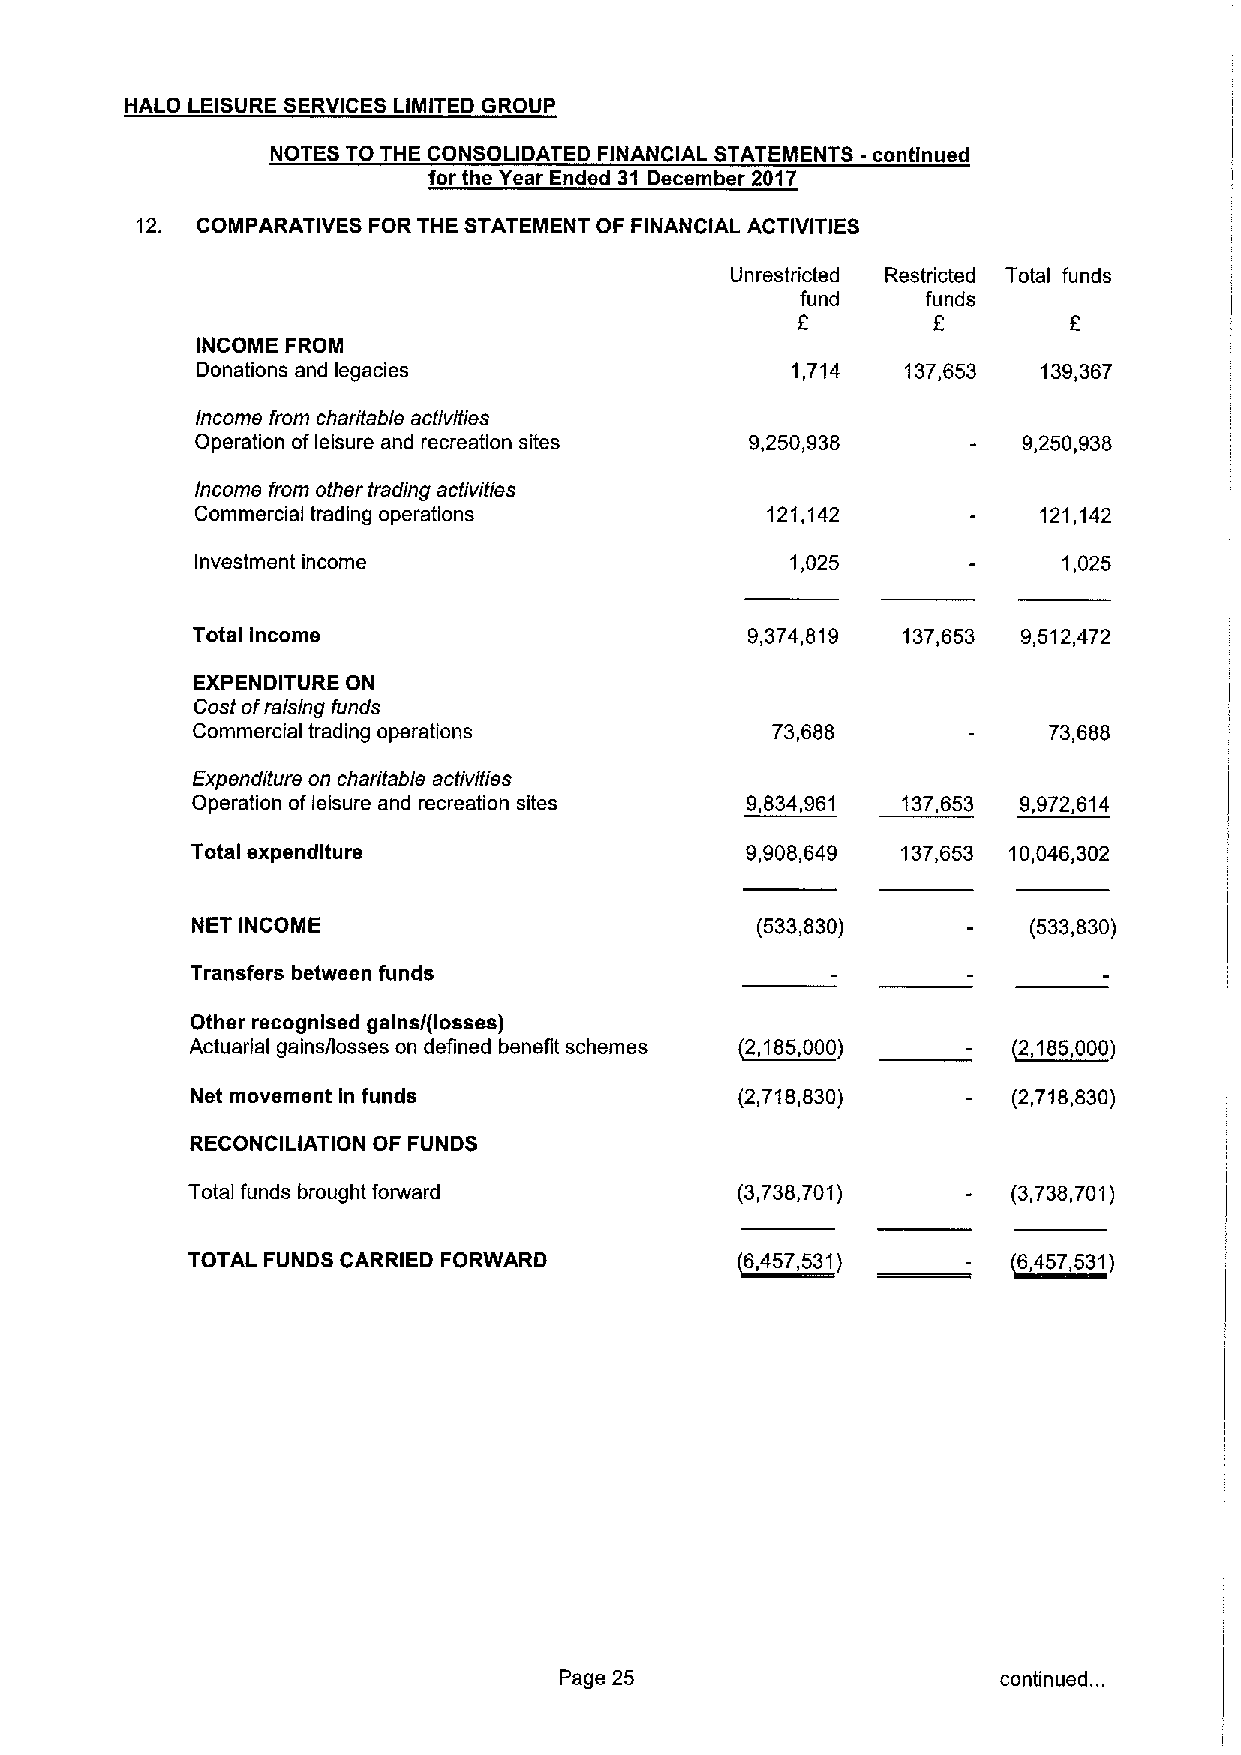
HALO LEISURE SERVICES LIMITED GROUP
 NOTES TO THE CONSOLIDATED FINANCIAL STATEMENTS -continued
 for the Year Ended 31 December 2017
 12. COMPARATIVES FOR THE STATEMENT OF FINANCIAL ACTIVITIES
 Unrestricted Restricted Total funds
 fund    funds
 f        f
 INCOME FROM
 Donations and legacies                 1,714   137,653  139,367
 Income from charitable activities
 Operation ofleisure and recreation sites 9,250,938     9,250,938
 Income from other trading activities
 Commercial trading operations         121,142           121,142
 Investment income                      1,025             1,025
 Total Income                        9,374,819  137,653 9,512,472
 EXPENDITURE ON
 Cost ofraising funds
 Commercial trading operations         73,688            73,688
 Expenditure on charitable activities
 Operation ofleisure and recreation sites 9,834,961 137,653 9,972,614
 Total expenditure                   9,908,649  137,653 10,046,302
 NET INCOME                           (533,830)         (533,830)
 Transfers between funds
 Other recognised gains/(losses)
 Actuarial gains/losses on defined benefit schemes )2,185. QQQ) )2,1)0056,,000000)
 Net movement In funds               (2,718,830)       (2,718,830)
 RECONCILIATION OF FUNDS
 Total funds brought forward          (3,738,701)       (3,738,701)
 TOTAL FUNDS CARRIED FORWARD          16457531)      -  16457,53))
 Page 25                      continued. ..